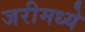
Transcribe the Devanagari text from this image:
जरीमध्ये